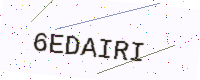
Text: 6EDAIRI